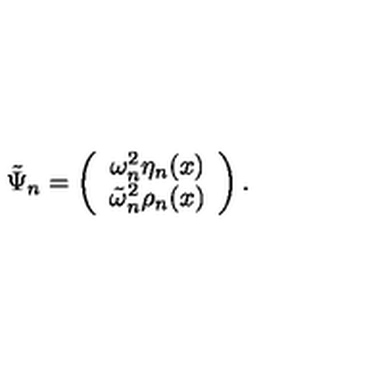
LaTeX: \tilde { \Psi } _ { n } = \left( \begin{array} { c c } { \omega _ { n } ^ { 2 } \eta _ { n } ( x ) } \\ { \tilde { \omega } _ { n } ^ { 2 } \rho _ { n } ( x ) } \\ \end{array} \right) .